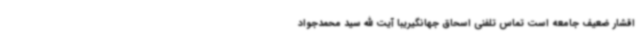
اقشار ضعیف جامعه است تماس تلفنی اسحاق جهانگیریبا آیت الله سید محمدجواد